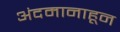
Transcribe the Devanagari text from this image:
अंदमानाहून